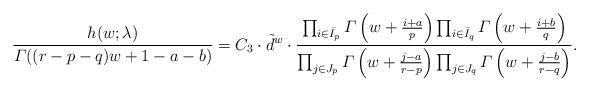
LaTeX: \begin{align*} \dfrac{h(w;\lambda)}{\varGamma((r-p-q)w+1-a-b)} = C_3 \cdot \tilde{d}^w \cdot \dfrac{\prod_{i\in \bar{I}_p} \varGamma\left(w+\frac{i+a}{p}\right) \prod_{i \in \bar{I}_q} \varGamma\left(w+\frac{i+b}{q}\right)}{\prod_{j \in J_p} \varGamma\left(w+\frac{j-a}{r-p}\right) \prod_{j \in J_q} \varGamma\left(w+\frac{j-b}{r-q}\right)}. \end{align*}